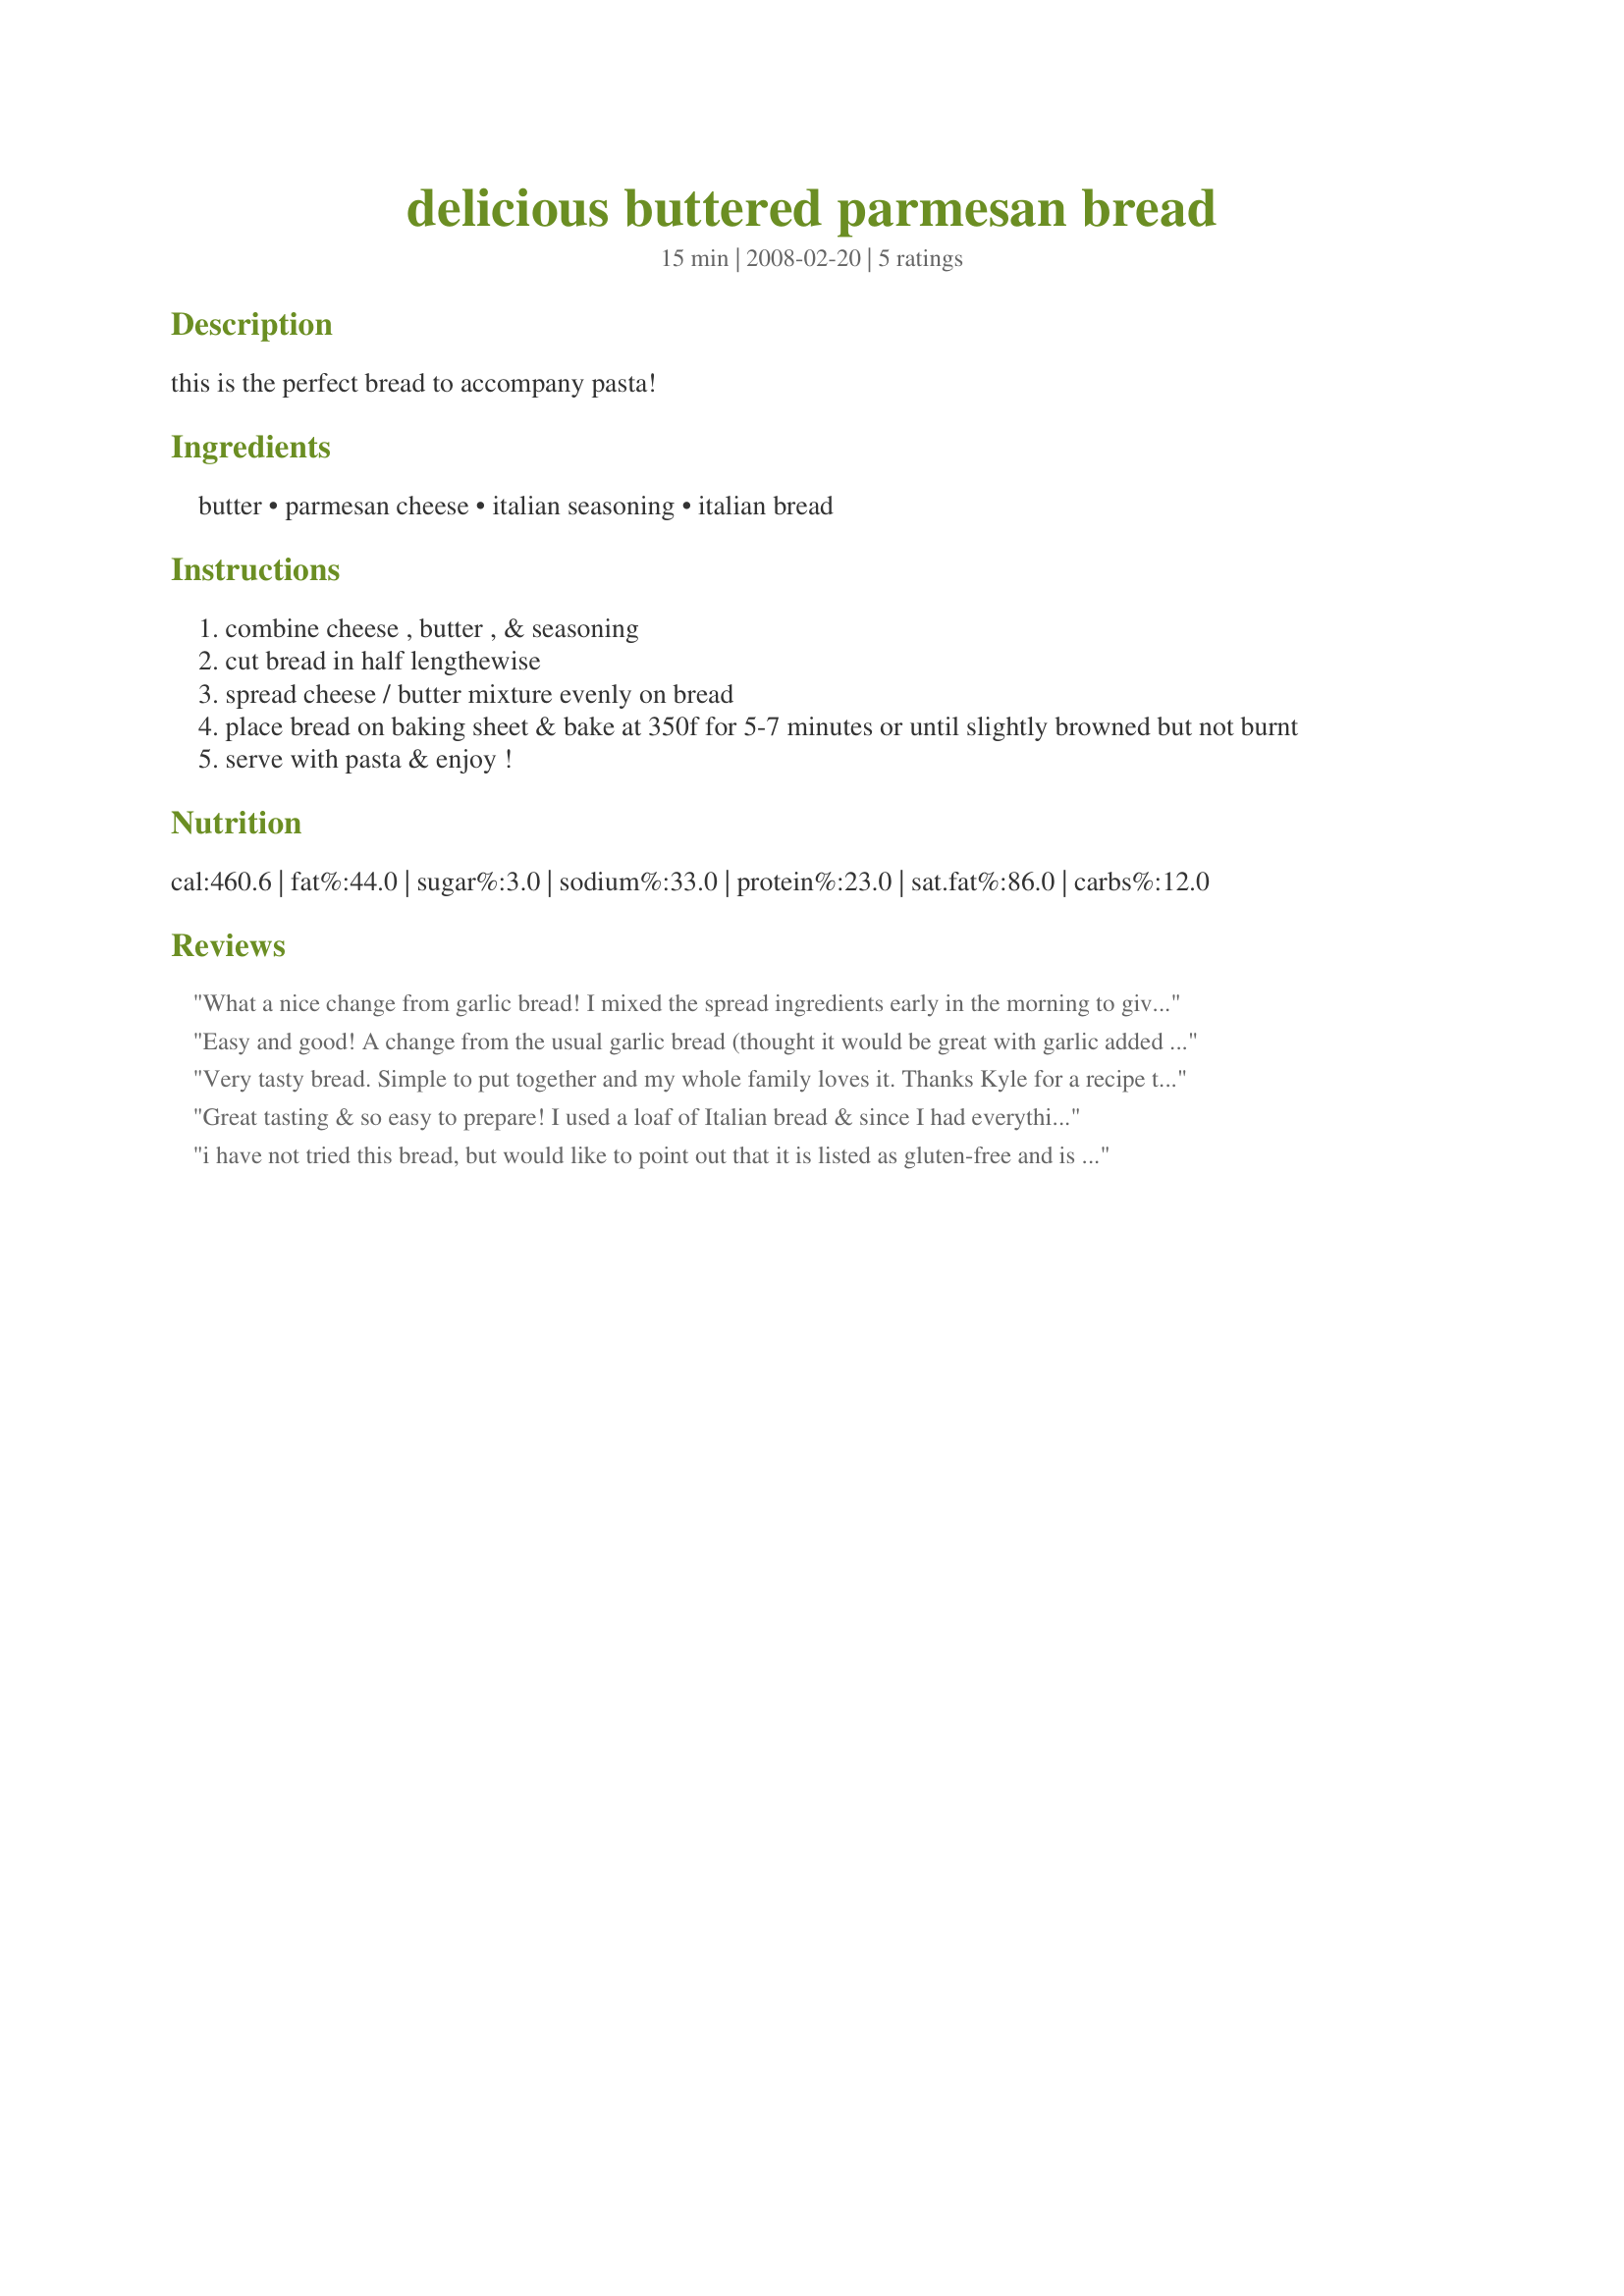
delicious buttered parmesan bread
Preparation time: 15 minutes

this is the perfect bread to accompany pasta!

Ingredients:
butter, parmesan cheese, italian seasoning, italian bread

Steps:
combine cheese , butter , & seasoning
cut bread in half lengthewise
spread cheese / butter mixture evenly on bread
place bread on baking sheet & bake at 350f for 5-7 minutes or until slightly browned but not burnt
serve with pasta & enjoy !

Reviews:
What a nice change from garlic bread! I mixed the spread ingredients early in the morning to give the flavours an extra chance to meld. And, lots of flavour there was!! My hubby managed to find this beautiful loaf of multigrain Italian bread & this was the perfect addition to our family spaghetti dinner!
Easy and good! A change from the usual garlic bread (thought it would be great with garlic added in as well). Thanks for posting!
Very tasty bread. Simple to put
together and my whole family
loves it. Thanks Kyle for a recipe that I will be using often!!!
Great tasting & so easy to prepare! I used a loaf of Italian bread & since I had everything else on hand, this went together in no time! Thanks for sharing! [Made & reviewed for one of my invitees to the Aus/NZ Recipe Swap #14, Mar 08]
i have not tried this bread, but would like to point out that it is listed as gluten-free and is NOT.
